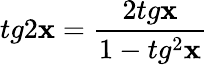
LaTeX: tg2\mathbf{x}=\frac{{2tg\mathbf{x}}}{{1-tg^{2}\mathbf{x}}}